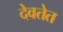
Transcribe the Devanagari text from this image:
देवतेत